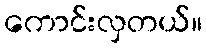
ကောင်းလှတယ်။